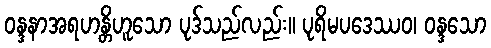
ဝန္ဒနာအရဟန္တိဟူသော ပုဒ်သည်လည်း။ ပုရိမပဒေဿဝ၊ ဝန္ဒသော